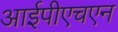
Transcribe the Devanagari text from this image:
आईपीएचएन